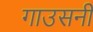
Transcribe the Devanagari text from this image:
गाउसनी